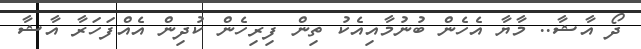
ދޯ އާޝާ.. މާޔާ އެހެން ބުނުމާއިއެކު ތިން ފިރިހެން ކުދިން އެއްފަހަރާ އާޝާ